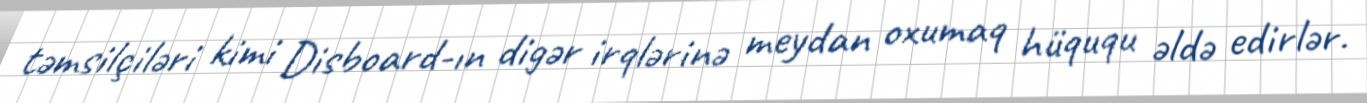
təmsilçiləri kimi Disboard-ın digər irqlərinə meydan oxumaq hüququ əldə edirlər.